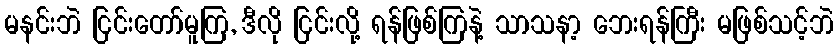
မနင်းဘဲ ငြင်းတော်မူကြ, ဒီလို ငြင်းလို့ ရန်ဖြစ်ကြနဲ့ သာသနာ့ ဘေးရန်ကြီး မဖြစ်သင့်ဘဲ